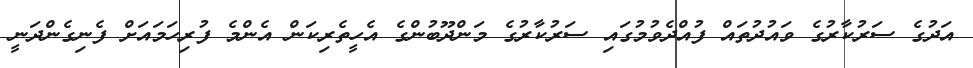
އަދުގެ ސަރުކާރުގެ ވައުދުތައް ފުއްދެވުމުގައި ސަރުކާރުގެ މަންދޫބުންގެ އެހީތެރިކަން އެންމެ ފުރިހަމައަށް ފެނިގެންދަނީ